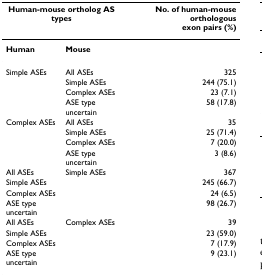
<table><thead><tr><td colspan="2"><b>Human-mouse ortholog AS types</b></td><td><b>No. of human-mouse orthologous exon pairs (%)</b></td></tr></thead><tbody><tr><td><b>Human</b></td><td><b>Mouse</b></td><td></td></tr><tr><td>Simple ASEs</td><td>All ASEs</td><td>325</td></tr><tr><td></td><td>Simple ASEs</td><td>244 (75.1)</td></tr><tr><td></td><td>Complex ASEs</td><td>23 (7.1)</td></tr><tr><td></td><td>ASE type uncertain</td><td>58 (17.8)</td></tr><tr><td>Complex ASEs</td><td>All ASEs</td><td>35</td></tr><tr><td></td><td>Simple ASEs</td><td>25 (71.4)</td></tr><tr><td></td><td>Complex ASEs</td><td>7 (20.0)</td></tr><tr><td></td><td>ASE type uncertain</td><td>3 (8.6)</td></tr><tr><td>All ASEs</td><td>Simple ASEs</td><td>367</td></tr><tr><td>Simple ASEs</td><td></td><td>245 (66.7)</td></tr><tr><td>Complex ASEs</td><td></td><td>24 (6.5)</td></tr><tr><td>ASE type uncertain</td><td></td><td>98 (26.7)</td></tr><tr><td>All ASEs</td><td>Complex ASEs</td><td>39</td></tr><tr><td>Simple ASEs</td><td></td><td>23 (59.0)</td></tr><tr><td>Complex ASEs</td><td></td><td>7 (17.9)</td></tr><tr><td>ASE type uncertain</td><td></td><td>9 (23.1)</td></tr></tbody></table>